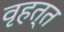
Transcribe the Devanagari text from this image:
वृहत्त